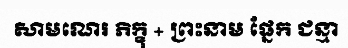
សាមណេរ ភិក្ខុ + ព្រះនាម ផ្នែក ជន្មា